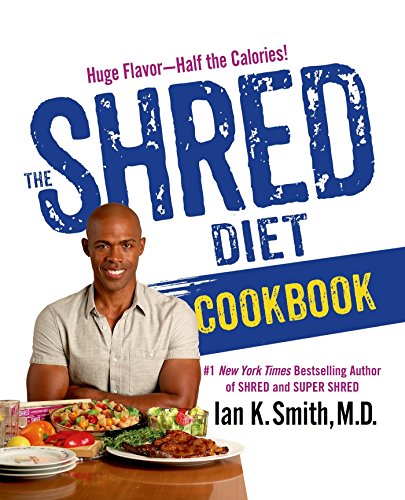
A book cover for The Shred Diet Cookbook; Ian K. Smith; Cookbooks, Food & Wine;